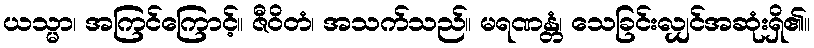
ယသ္မာ၊ အကြင်ကြောင့်။ ဇီဝိတံ၊ အသက်သည်။ မရဏန္တံ၊ သေခြင်းလျှင်အဆုံးရှိ၏။